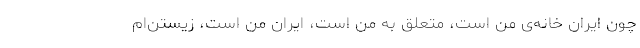
چون ایران خانه‌ی من است، متعلق به من است، ایرانِ من است، زیستن‌ام